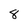
Character: 8